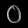
Digit: ၀